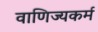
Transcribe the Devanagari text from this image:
वाणिज्यकर्म